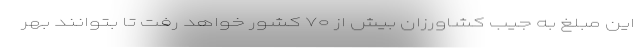
این مبلغ به جیب کشاورزانِ بیش از ۷۰ کشور خواهد رفت تا بتوانند بهر